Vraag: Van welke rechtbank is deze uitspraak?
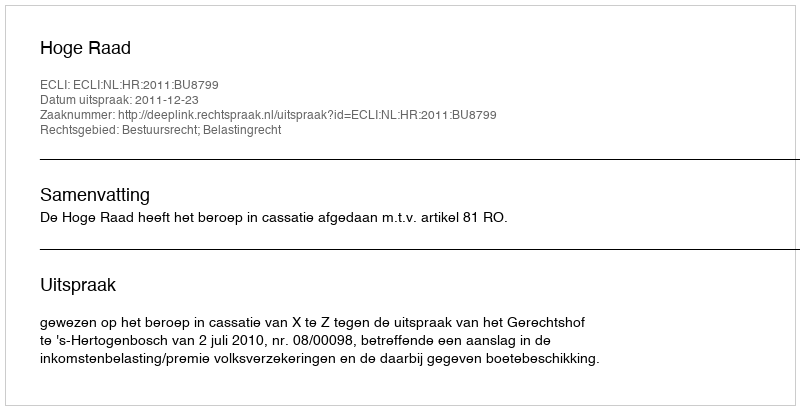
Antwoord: Hoge Raad